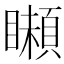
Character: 𩔠